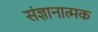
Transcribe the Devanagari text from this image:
संज्ञानात्‍मक